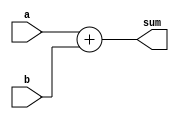
// n_bit adder
module adder_nbit
  //Parameters
  # (parameter N = 3)
  //Ports
  (input [N-1:0] a,
   input [N-1:0] b,
   output reg [N:0] sum);

   always @(*) begin
     sum[N:0] = a[N-1:0] + b[N-1:0];
   end
endmodule